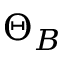
\Theta _ { B }